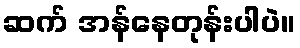
ဆက် အန်နေတုန်းပါပဲ။